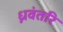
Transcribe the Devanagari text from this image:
ध्नवंतरि